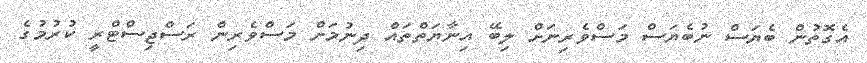
އެގޮތުން ބެޔަސް ނުބެޔަސް މަސްވެރިނަށް ލިބޭ އިނާޔަތްތައް ދިނުމަށް މަސްވެރިން ރަސްޖިސްޓްރީ ކުރުމުގެ